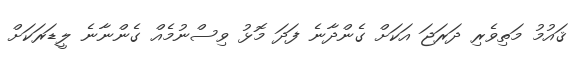
ޤައުމު މަތިވެރި ދަރަޖަ އަކަށް ގެންދާނެ ފަދަ މޮޅު ވިސްނުމެއް ގެންނާނެ ލީޑަރަކަށް